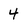
Character: 4